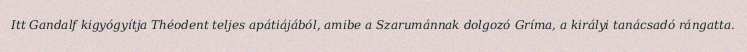
Itt Gandalf kigyógyítja Théodent teljes apátiájából, amibe a Szarumánnak dolgozó Gríma, a királyi tanácsadó rángatta.